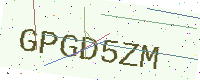
Text: GPGD5ZM